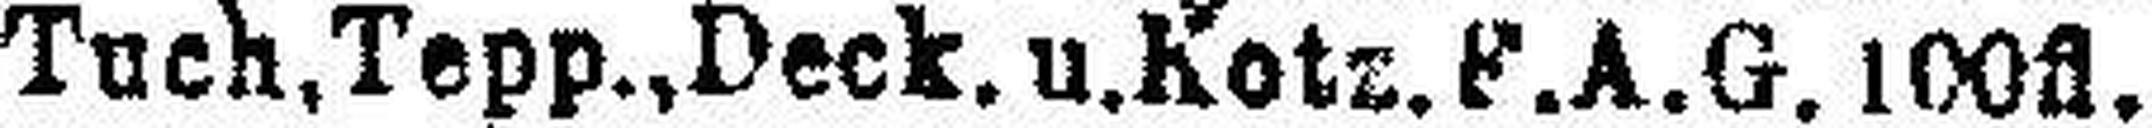
Tuch, Tepp., Deck, u. Kotz. F.A.G. 100fl.